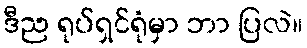
ဒီည ရုပ်ရှင်ရုံမှာ ဘာ ပြလဲ။